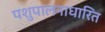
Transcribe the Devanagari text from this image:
पशुपालनाधारित